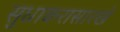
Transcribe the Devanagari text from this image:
सुधाकरासारखे